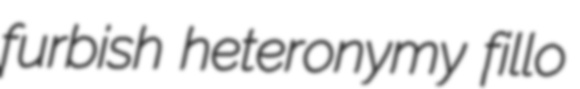
furbish heteronymy fillo